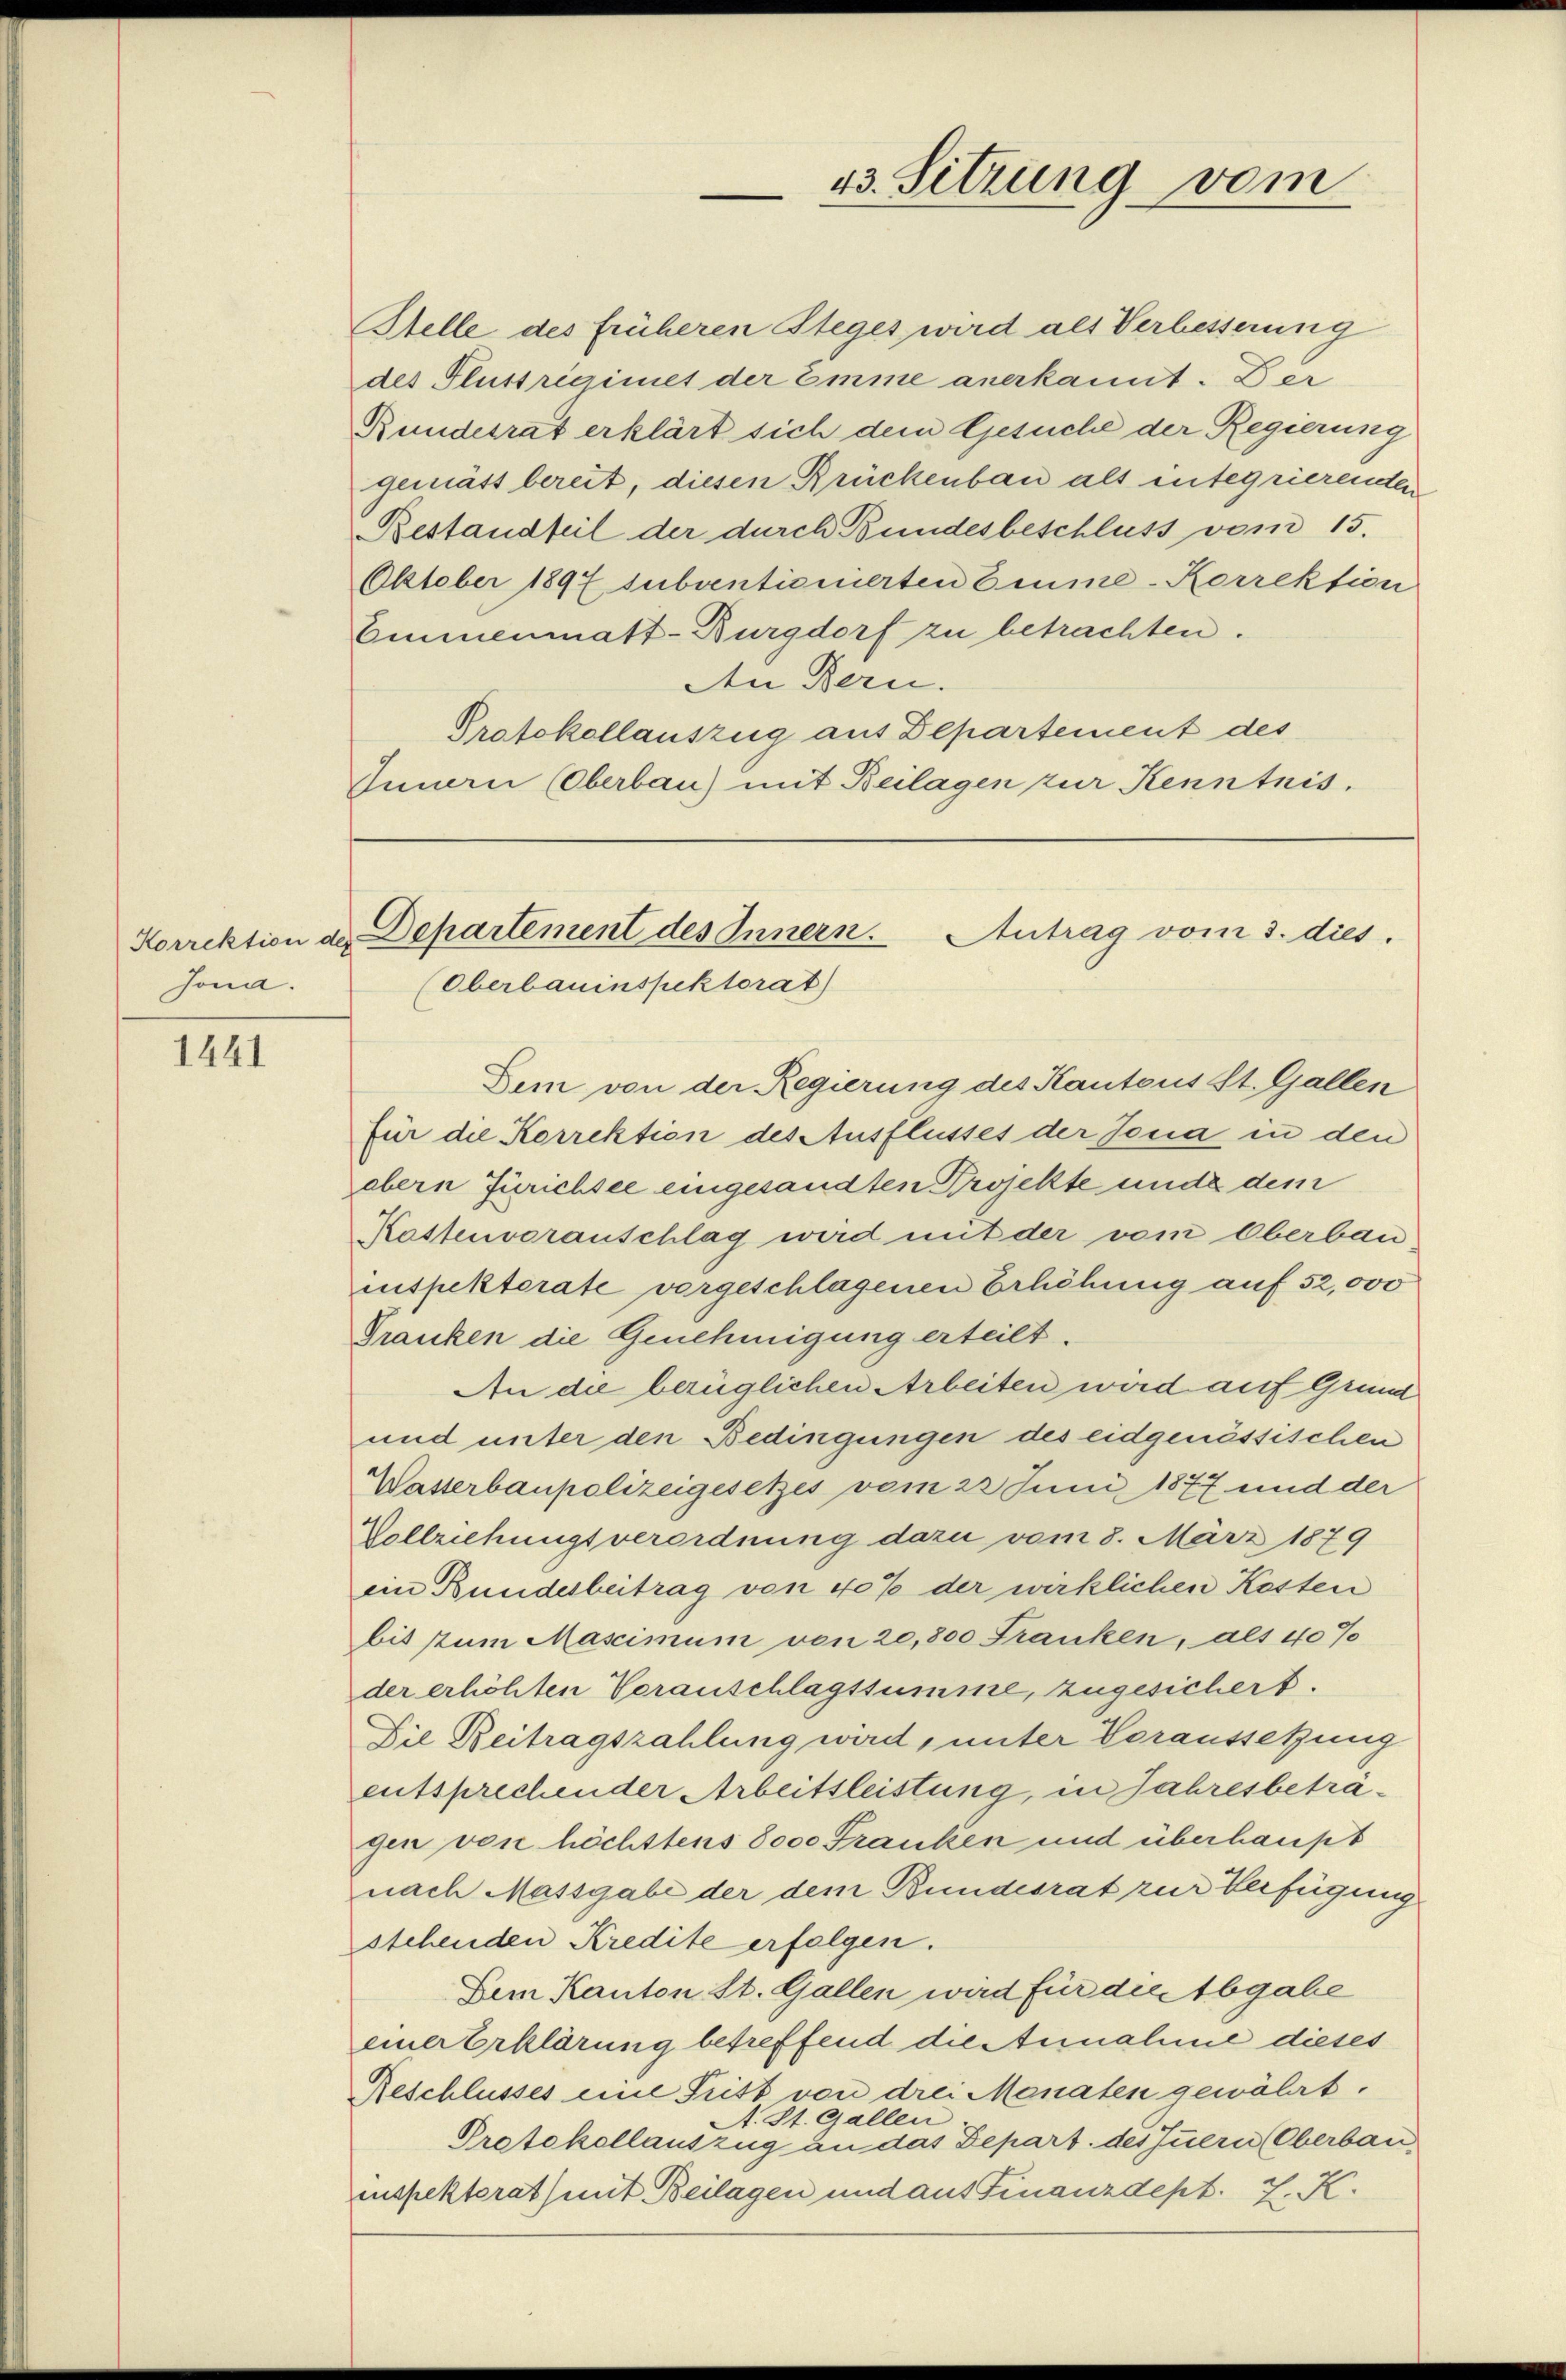
Jona.

1441

Stelle des früheren Steges wird als Verbesserung
des Flussregimet der Emme anerkannt. Der
Bundesrat erklärt sich dem Gesuche der Regierung
gemäss bereit, diesen Brückenbau als integrierenden
Bestandteil der durch Bundesbeschluss vom 15.
OOktober 1897 subventionierten Emme-Korrektion
Emmenmatt-Burgdorf zu betrachten.
An Bern.
Protokollauszug aus Departement des
Innern (Oberbau) mit Beilagen zur Kenntnis.

Korrektion dh Departement des Innern. Antrag vom 3. dies
(Oberbauinspektorat)

43. Sitzung vom

Dem von der Regierung des Kantons St. Gallen
für die Korrektion des Ausflusses der Jona in den
abern Zürichsee eingesandten Projekte unde dem
Kastenvoranschlag wird mit der vom Oberbau
inspektorate vorgeschlagenen Erhöhung auf 52,000
Tranken die Genehmigung erteilt.
An die bezüglichen Arbeiten wird auf Grund
und unter den Bedingungen des eidgenössischen
Wasserbaupolizeigesetzes vom 22 Juni 1877 und der
Vollziehungsverordnung dazu vom 8. März 1879
ein Bundesbeitrag von 40% der wirklichen Kosten
bis zum Mascimum von 20,800 Franken, als 40%
der erhöhten Veranschlagssumme, zugesichert.
Die Beitragszahlung wird, unter Voraussetzung
entsprechender Arbeitsleistung, in Jahresbeträgen von höchstens 8000 Franken und überhaupt
nach Massgabe der dem Bundesrat zur Verfügung
stehenden Kredite erfolgen.
Dem Kanton St. Gallen wird für die Abgabe
einer Erklärung betreffend die Annahme dieses
Beschlusses eine Tritt von drei Monaten gewährt.
t. St. Gallen.
Protokollauszug an das Depart. des Innern (Oberbau
inspektorat mit Beilagen und auf Finanzdept. J. K.